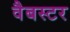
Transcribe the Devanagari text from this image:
वैबस्टर